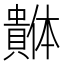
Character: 𰷓